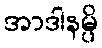
အာဒါနမ္ပိ